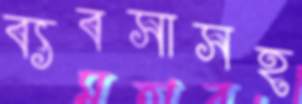
ব্যবসাসহ